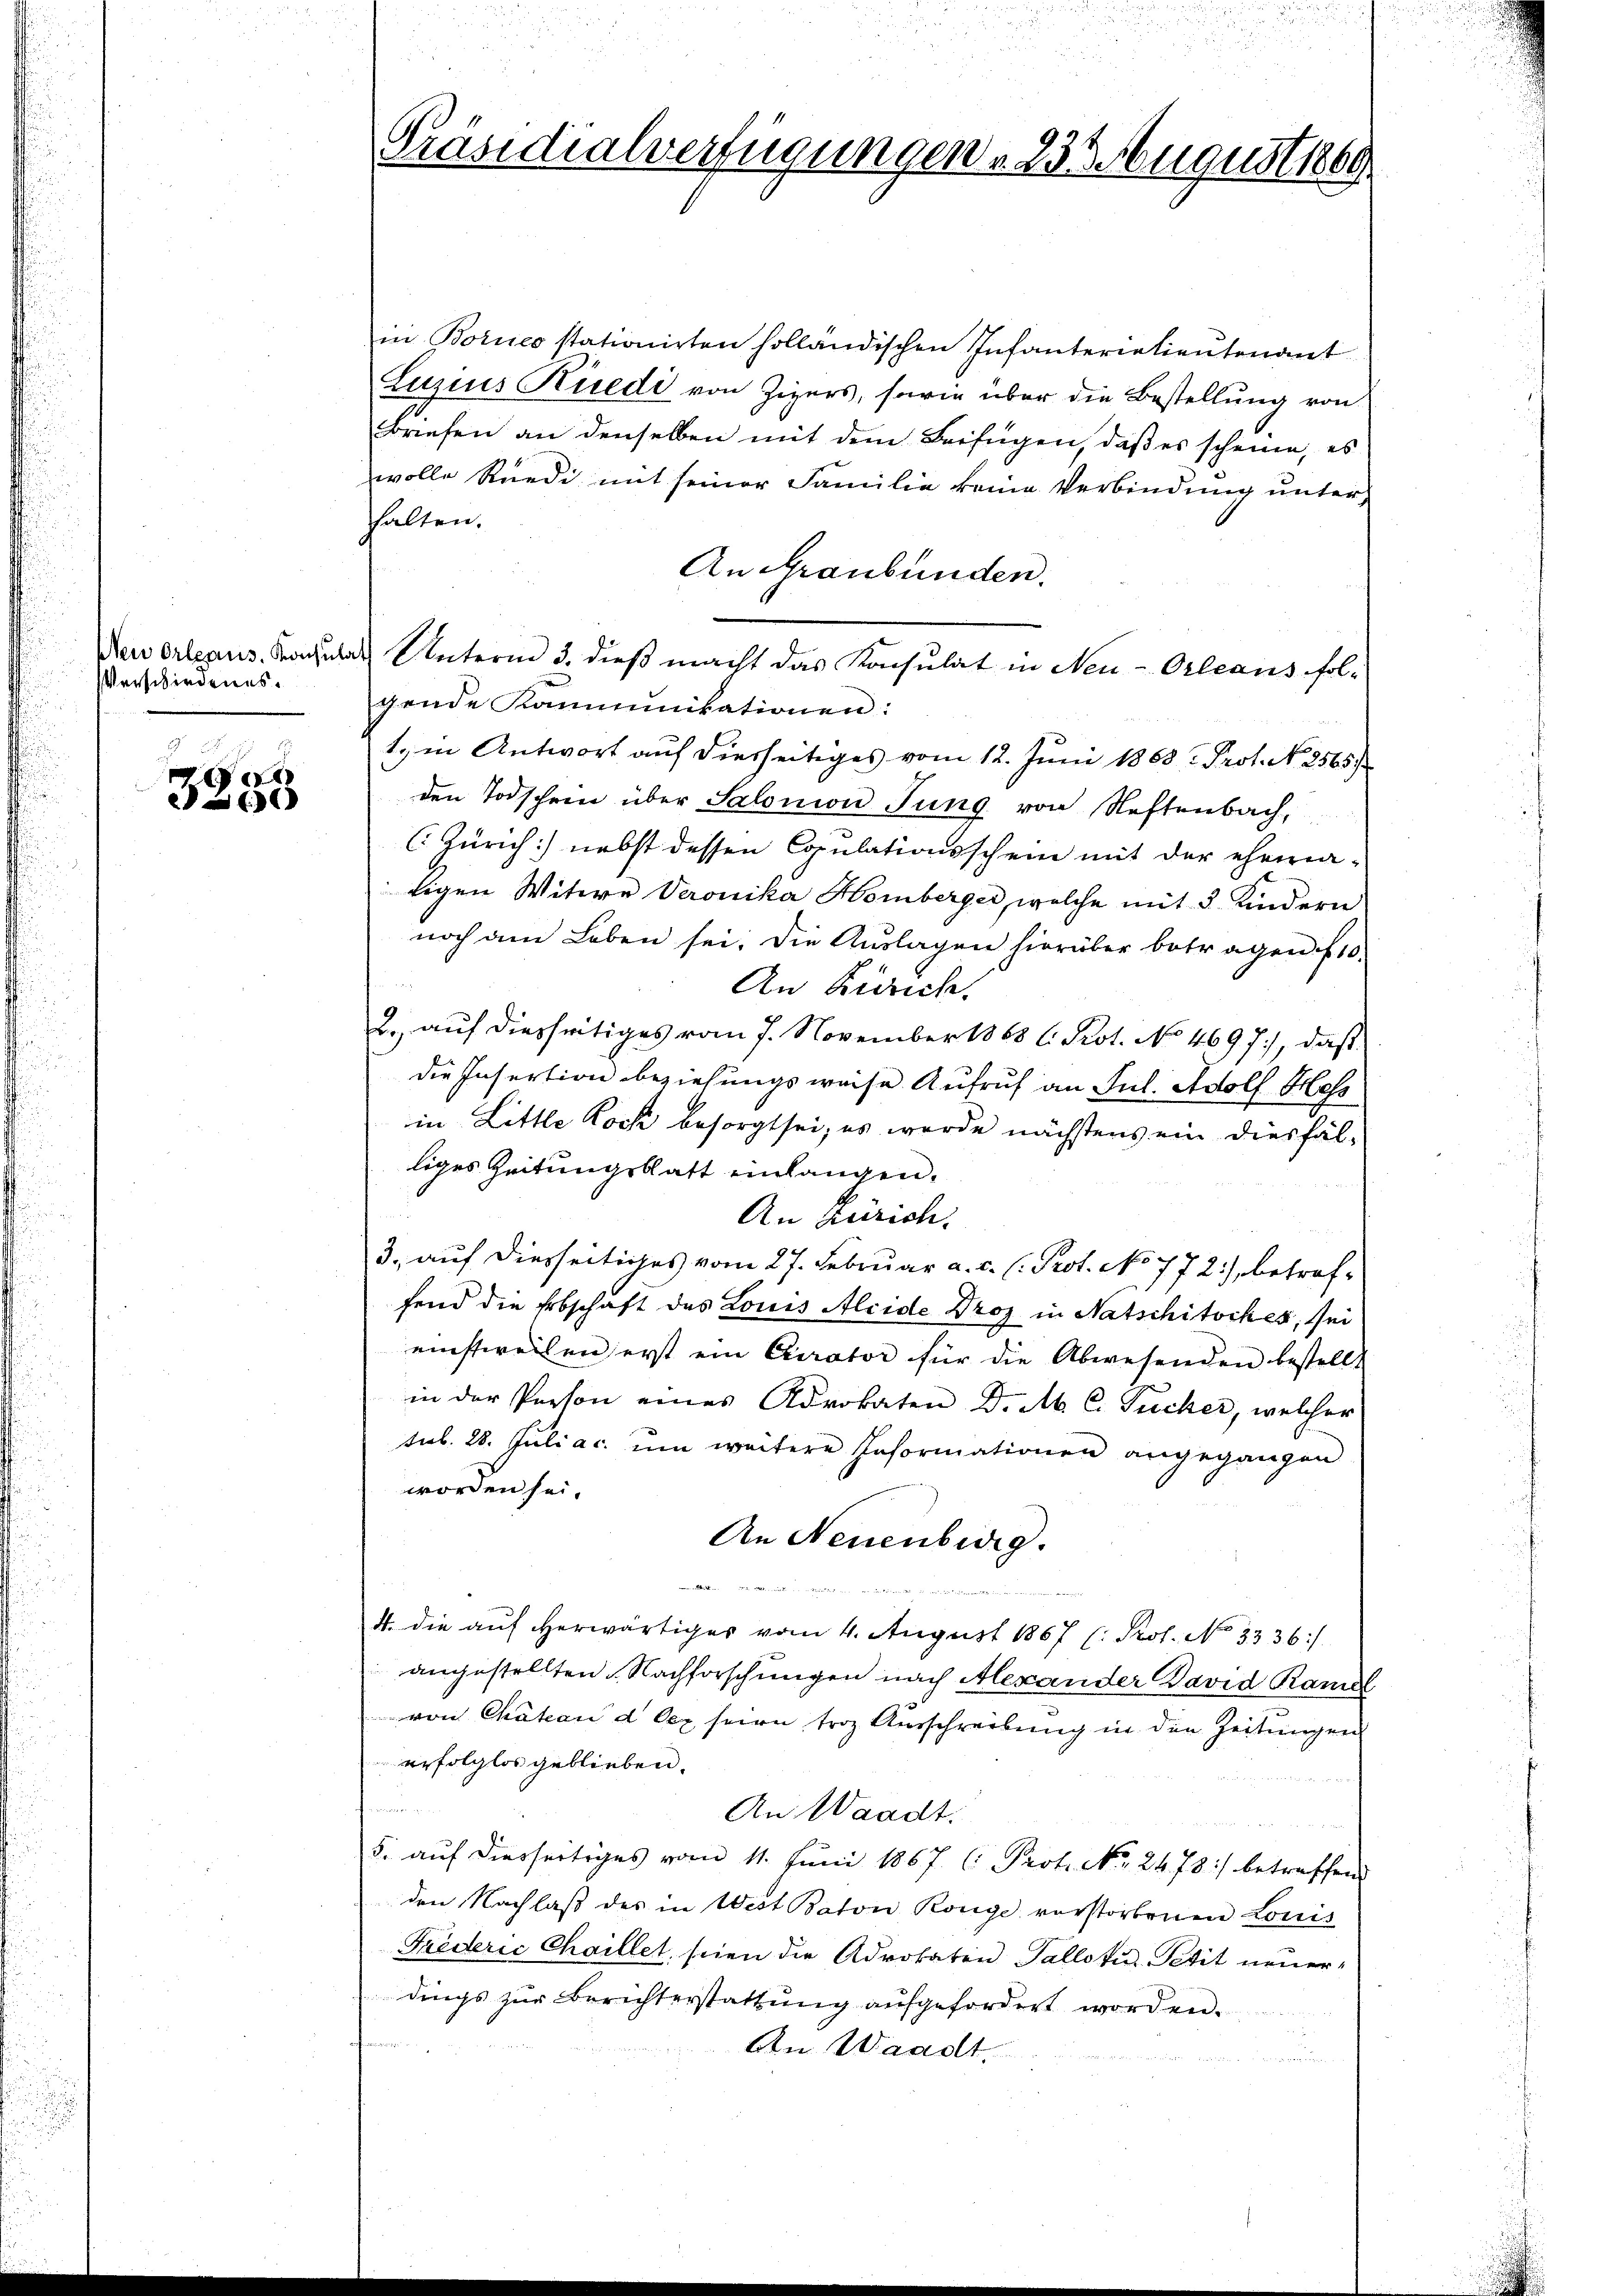
Neu Orleans. Konsulat
Verschiedenes.

e
a

Präsidialverfügungen v. 23 August 1889.

in Borico stationirten holländischen Infanterialientenant
Luzius Kredi von Zigers, sowie über die Bestellung von
Briefen an denselben mit dem Beifügen, daß es scheine, es
wolle Rüedi mit seiner Familie keine Verbindŭng ŭnter
hhalten.
An Graubünden.
Unterm 3. dieß macht das Konsulat in Neu-Orleaus folgende Kamminikationen:
ty in Antwort auf diesseitiges vom 12. Juni 1863 Prot. N. 2565/
den Todschren über Salomon Jung von Neftenbach,
(Zürich) nebst dessen Copulationsschein mit der ehemaligen Witwe Veronika Homberger, welche mit 3 Kindern
noch am Leben sei. Die Aŭslagen hierüber betragen f 10.
An Zürich.
B. auf diesseitiges vom 7. November 1868 l. Prot. No 4697), daß
die Insertion beziehungsweise Aufruf an Jul. Adolf Hess
in Little Loch besorgt sei, es wurde nächstens ein diesfälliges Zeitungsblatt einlangen.
An Zürich.
3., auf diesseitiges vom 27. Februar a. c. (: Prot. No 772), betroffend die Erbschaft des Louis Aleide Droz in Natschitsches, sei
einstweilen erst ein Curator für die Abwesenden bestellt
in der Person eines Advokaten D. M. C. Pucher, welcher
sub. 28. Juli a.c. um weitere Informationen angegangen
worden sei.
An Neuenburg.
332, unter ge
m
4. die auf herwärtiger vom 4. August 1867 (: Prof. No 3336:/
angestellten. Nachforschungen nach Alexander David Ramel
von Chateau d. lex seien troz Ausschreibung in den Zeitungen
erfolglos geblieben.

An Waadt.
e
5. aŭf diessertiges vom 11. Jŭni 1867 (: Prot. No. 2473:/ betreffend
den Nachlaß des in West Baron Ronge verstorbenen Louis
Friderić Chaillet, seien die Advokaten Tallotus Petit neuerdings zŭr Berichterstattŭng aŭfgefordert worden.
An Waadt
u